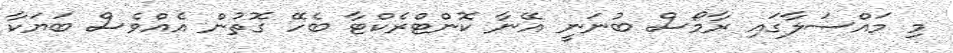
މި މައްސަލާގައި ރާމޯސް ބުނަނީ އޭނާ ކޮންޓްރެކްޓާ ބެހޭ ގޮތުން އެއްވެސް ބަޔަކާ